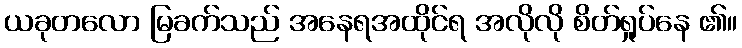
ယခုတလော မြခက်သည် အနေရအထိုင်ရ အလိုလို စိတ်ရှုပ်နေ ၏။